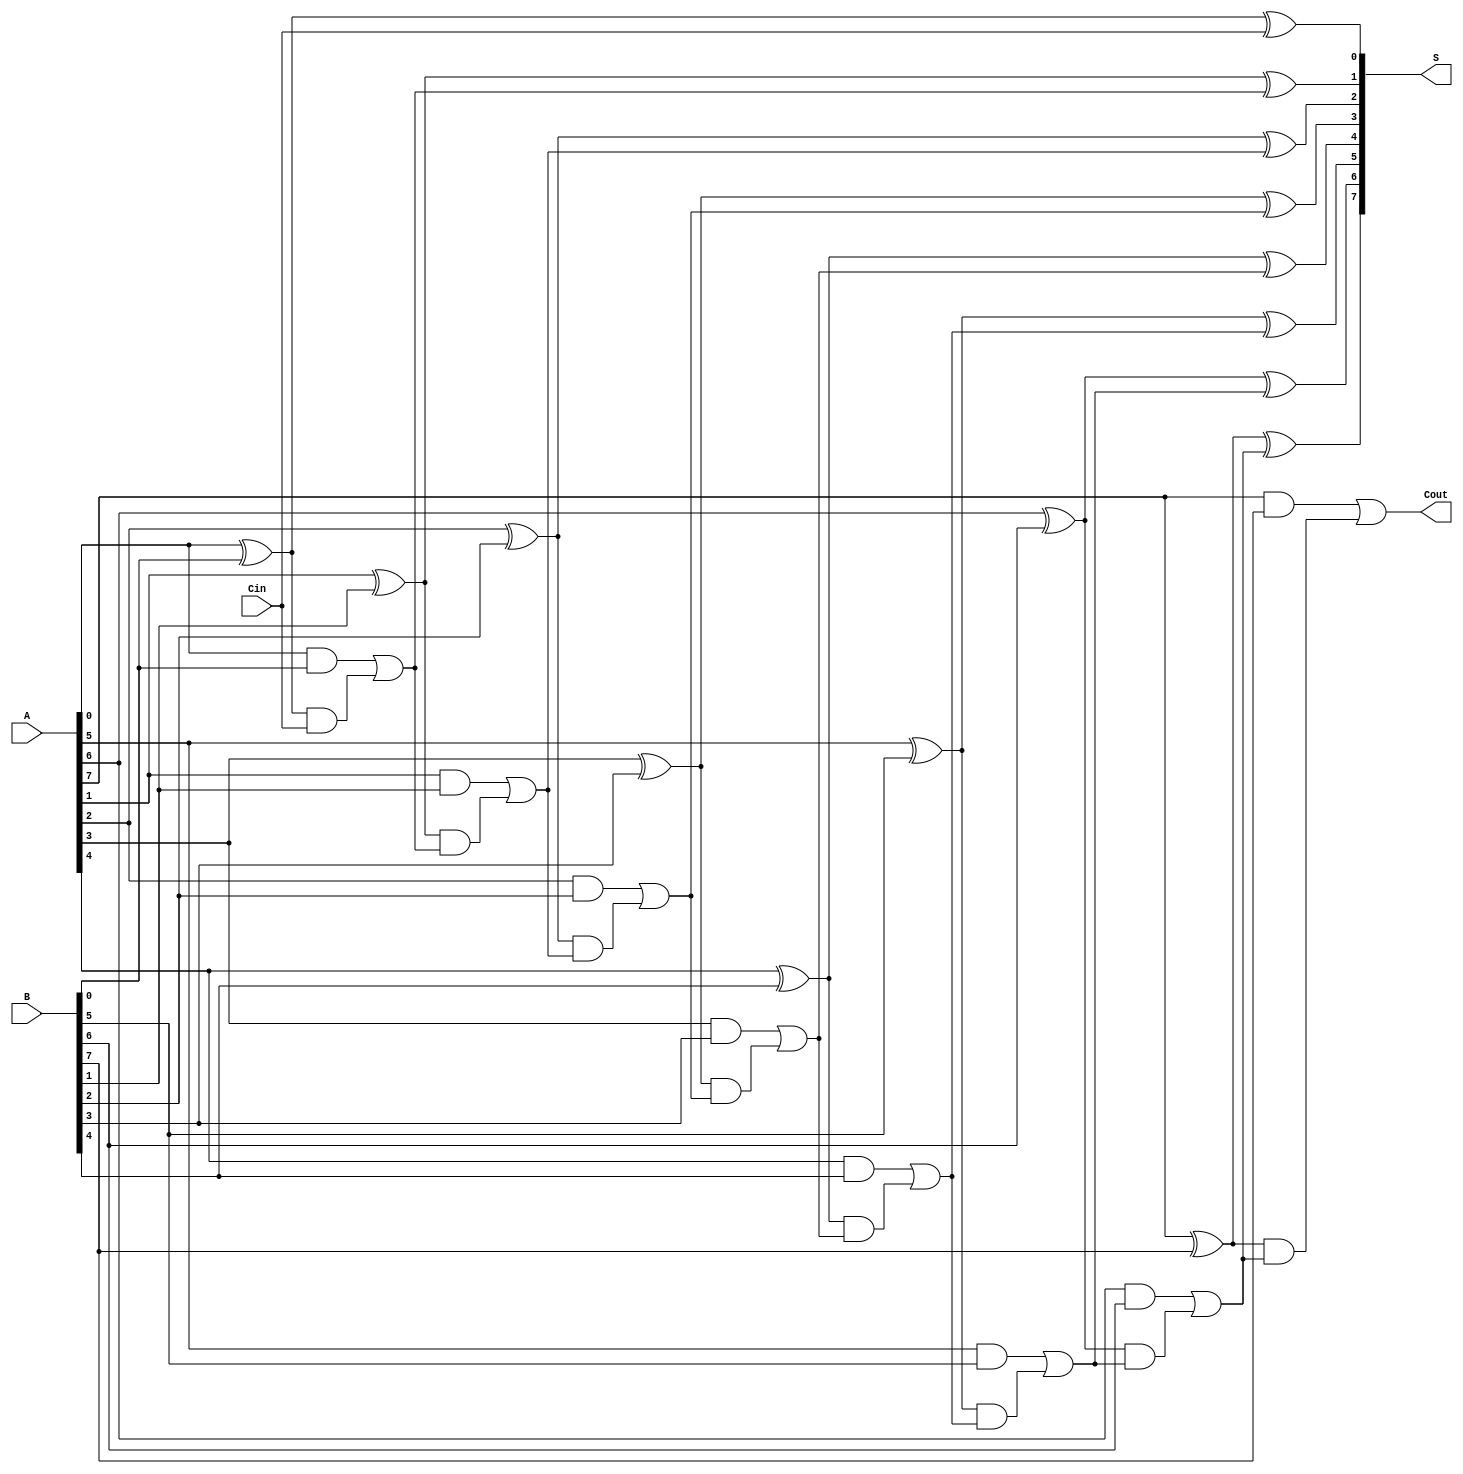
module VLCLA #(parameter WIDTH = 8) (
    input  wire [WIDTH-1:0] A,     // First operand
    input  wire [WIDTH-1:0] B,     // Second operand
    input  wire              Cin,    // Carry-in
    output wire [WIDTH-1:0] S,      // Sum output
    output wire              Cout     // Carry-out
);

    // Generate and Propagate signals
    wire [WIDTH-1:0] G; // Generate signals
    wire [WIDTH-1:0] P; // Propagate signals
    wire [WIDTH:0] C;    // Carry signals (C[0] = Cin)

    // Generate and Propagate calculations
    genvar i;
    generate
        for (i = 0; i < WIDTH; i = i + 1) begin: gen_and_prop
            assign G[i] = A[i] & B[i]; // Generate
            assign P[i] = A[i] ^ B[i]; // Propagate
        end
    endgenerate

    // Carry calculations
    assign C[0] = Cin; // Initial carry

    generate
        for (i = 0; i < WIDTH; i = i + 1) begin: carry_calc
            // Calculate carry signals based on generate and propagate
            assign C[i + 1] = G[i] | (P[i] & C[i]);
        end
    endgenerate

    // Sum calculation
    generate
        for (i = 0; i < WIDTH; i = i + 1) begin: sum_calc
            assign S[i] = P[i] ^ C[i]; // Sum
        end
    endgenerate

    // Carry-out is the last carry signal
    assign Cout = C[WIDTH];

endmodule